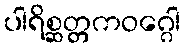
ပါရိစ္ဆတ္တကဝဂ္ဂေါ